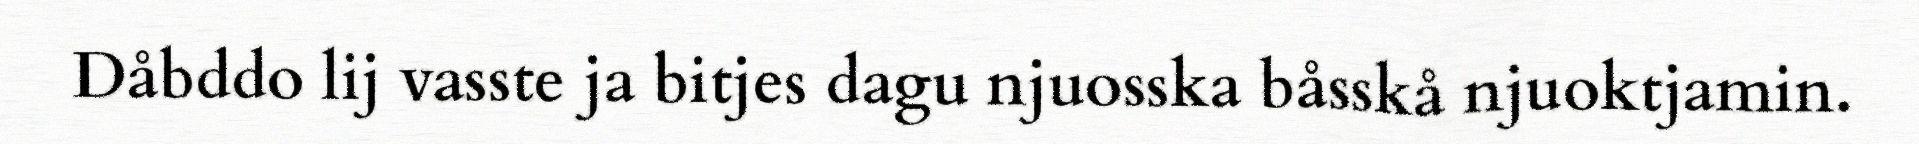
Dåbddo lij vasste ja bitjes dagu njuosska båsskå njuoktjamin.